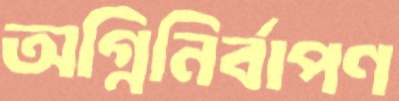
অগ্নিনির্বাপণ